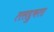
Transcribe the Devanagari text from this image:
तसद्दुकता